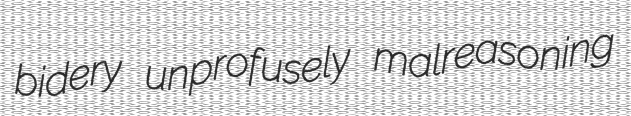
bidery unprofusely malreasoning